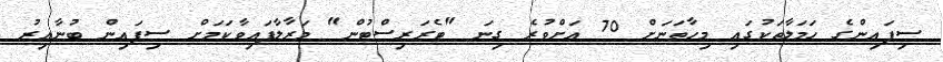
ސިފައިންގެ ހަމަލާތަކުގައި މިހާތަނަށް 70 އަށްވުރެ ގިނަ "ޓެރަރިސްޓުން" މަރާލާފައިވާކަމަށް ސިފައިން ބުނާއިރު